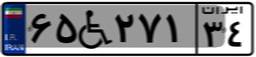
۶۵W۲۷۱۳۴